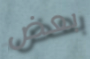
بعض